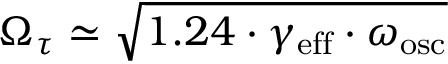
\Omega _ { \tau } \simeq \sqrt { 1 . 2 4 \cdot \gamma _ { \mathrm { e f f } } \cdot \omega _ { \mathrm { o s c } } }